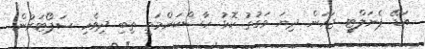
އަޑޭ ޕެނަލްޓީ ޖަހަން ދިޔަ ވަގުތު ކޮޅު ހާސްކަންމަތީ ތިބި ދިވެހި ސަޕޯޓަރުން